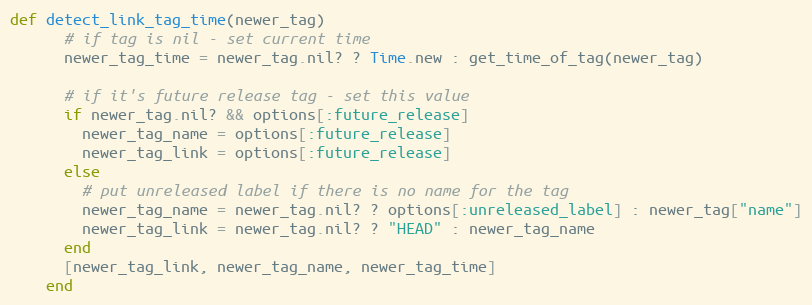
Language: Ruby
def detect_link_tag_time(newer_tag)
      # if tag is nil - set current time
      newer_tag_time = newer_tag.nil? ? Time.new : get_time_of_tag(newer_tag)

      # if it's future release tag - set this value
      if newer_tag.nil? && options[:future_release]
        newer_tag_name = options[:future_release]
        newer_tag_link = options[:future_release]
      else
        # put unreleased label if there is no name for the tag
        newer_tag_name = newer_tag.nil? ? options[:unreleased_label] : newer_tag["name"]
        newer_tag_link = newer_tag.nil? ? "HEAD" : newer_tag_name
      end
      [newer_tag_link, newer_tag_name, newer_tag_time]
    end